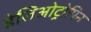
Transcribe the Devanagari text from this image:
हेलिओट्रोपिन